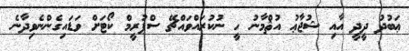
ޢަބުދު ދީދީ އާއި ޝުޖާޢު އުޘްމާނު ހީ ނުކުރައްވައްޗޭ ސްޕުރީމް ކޯޓަށް ވަޑައިގެންނެވިދާނެ